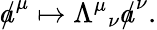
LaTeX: {a\! \! \! /}^{\mu}\mapsto{\Lambda^{\mu}}_{\nu}{a\! \! \! /}^{\nu}.